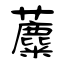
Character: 蘪